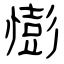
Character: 憉